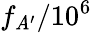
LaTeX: f_{\mathit{A}^{\prime}}/10^{6}